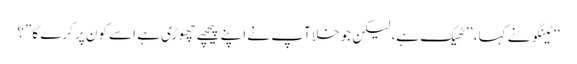
‘‘ ٹینگو نے کہا، ’’ٹھیک ہے، لیکن جو خلا آپ نے اپنے پیچھے چھوڑی ہے اسے کون پر کرے گا”؟